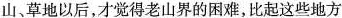
山、草地以后，才觉得老山界的困难，比起这些地方